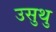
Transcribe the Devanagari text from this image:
उसुथु